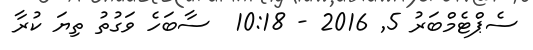
ސެޕްޓެމްބަރު 5